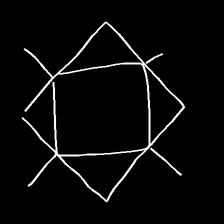
Glyph: light